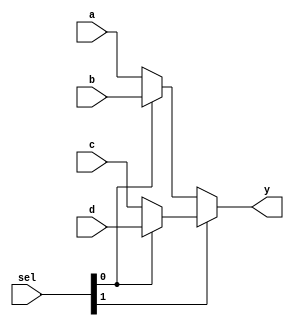
`timescale 1ns / 1ps
//////////////////////////////////////////////////////////////////////////////////
// Company: 
// Engineer: 
// 
// Design Name: 
// Module Name: mux4
// Project Name: 
// Target Devices: 
// Tool Versions: 
// Description: 
// 
// Dependencies: 
// 
// Revision:
// Revision 0.01 - File Created
// Additional Comments:
// 
//////////////////////////////////////////////////////////////////////////////////


module mux4 #(parameter mux_width= 32)
(   input [mux_width-1:0] a,b,c,d,
    input [1:0] sel,
    output [mux_width-1:0] y
    );
    assign y = sel[1] ? (sel[0] ? d : c) : (sel[0] ? b : a);  // 11 = d, 10 = c, 01 = b, 00 = a
endmodule